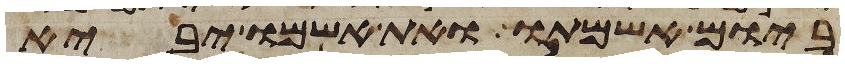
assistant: ביום אשמתו ואת אשמו יביא